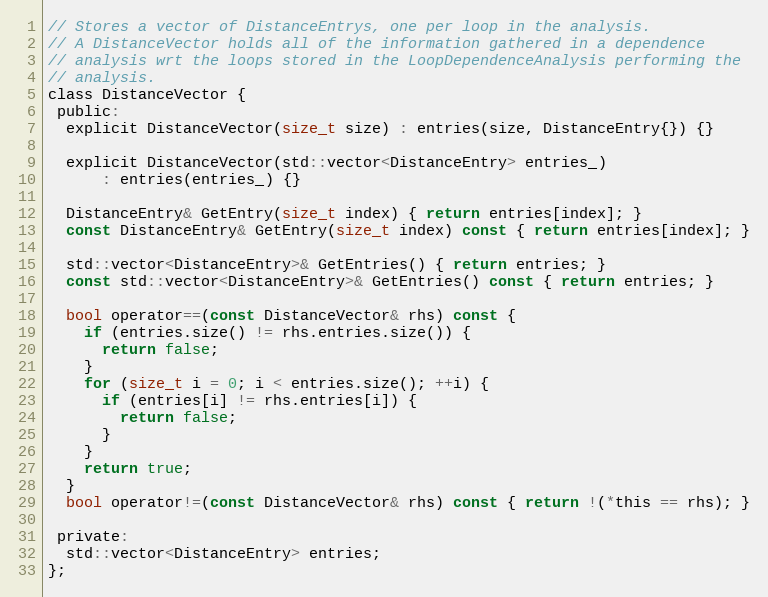
Language: C
// Stores a vector of DistanceEntrys, one per loop in the analysis.
// A DistanceVector holds all of the information gathered in a dependence
// analysis wrt the loops stored in the LoopDependenceAnalysis performing the
// analysis.
class DistanceVector {
 public:
  explicit DistanceVector(size_t size) : entries(size, DistanceEntry{}) {}

  explicit DistanceVector(std::vector<DistanceEntry> entries_)
      : entries(entries_) {}

  DistanceEntry& GetEntry(size_t index) { return entries[index]; }
  const DistanceEntry& GetEntry(size_t index) const { return entries[index]; }

  std::vector<DistanceEntry>& GetEntries() { return entries; }
  const std::vector<DistanceEntry>& GetEntries() const { return entries; }

  bool operator==(const DistanceVector& rhs) const {
    if (entries.size() != rhs.entries.size()) {
      return false;
    }
    for (size_t i = 0; i < entries.size(); ++i) {
      if (entries[i] != rhs.entries[i]) {
        return false;
      }
    }
    return true;
  }
  bool operator!=(const DistanceVector& rhs) const { return !(*this == rhs); }

 private:
  std::vector<DistanceEntry> entries;
};